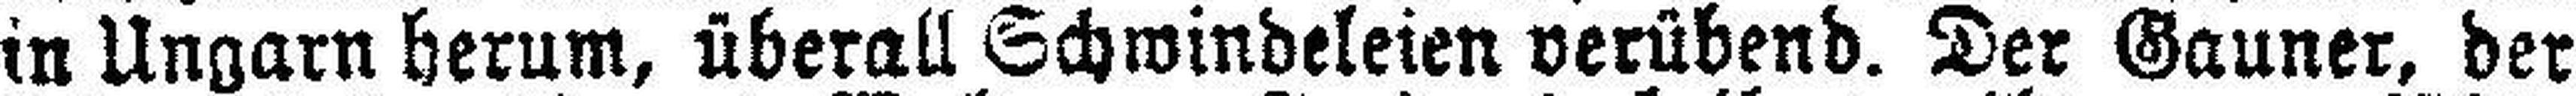
in Ungarn herum, überall Schwindeleien verübend. Der Gauner, der